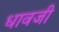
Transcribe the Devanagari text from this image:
धावजी